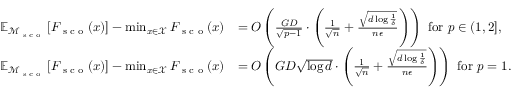
\begin{array} { r l } { \mathbb { E } _ { \mathcal { M } _ { \textup { s c o } } } \left[ F _ { \textup { s c o } } ( x ) \right] - \operatorname* { m i n } _ { x \in \mathcal { X } } F _ { \textup { s c o } } ( x ) } & { = O \left( \frac { G D } { \sqrt { p - 1 } } \cdot \left( \frac 1 { \sqrt n } + \frac { \sqrt { d \log \frac 1 \delta } } { n \epsilon } \right) \right) \mathrm { ~ f o r ~ } p \in ( 1 , 2 ] , } \\ { \mathbb { E } _ { \mathcal { M } _ { \textup { s c o } } } \left[ F _ { \textup { s c o } } ( x ) \right] - \operatorname* { m i n } _ { x \in \mathcal { X } } F _ { \textup { s c o } } ( x ) } & { = O \left( G D \sqrt { \log d } \cdot \left( \frac 1 { \sqrt n } + \frac { \sqrt { d \log \frac 1 \delta } } { n \epsilon } \right) \right) \mathrm { ~ f o r ~ } p = 1 . } \end{array}